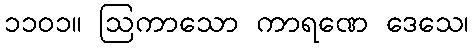
၁၁၀၁။ ဩကာသော ကာရဏေ ဒေသေ၊